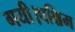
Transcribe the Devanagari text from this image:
गयी।पश्चिम